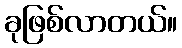
ခုဖြစ်လာတယ်။